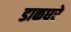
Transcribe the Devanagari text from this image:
डाकघरे